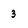
Character: 3